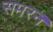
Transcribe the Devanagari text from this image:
समरन